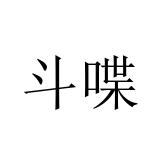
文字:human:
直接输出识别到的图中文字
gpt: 斗喋